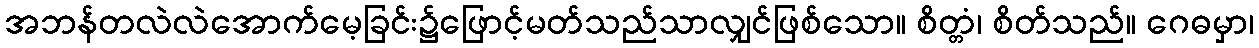
အဘန်တလဲလဲအောက်မေ့ခြင်း၌ဖြောင့်မတ်သည်သာလျှင်ဖြစ်သော။ စိတ္တံ၊ စိတ်သည်။ ဂေဓမှာ၊